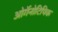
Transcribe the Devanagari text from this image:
ओर्गेनोटिपिक